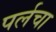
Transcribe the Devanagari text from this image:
पर्लचा